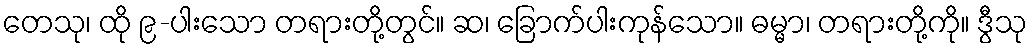
တေသု၊ ထို ၉-ပါးသော တရားတို့တွင်။ ဆ၊ ခြောက်ပါးကုန်သော။ ဓမ္မာ၊ တရားတို့ကို။ ဒွီသု